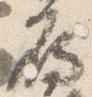
鳫